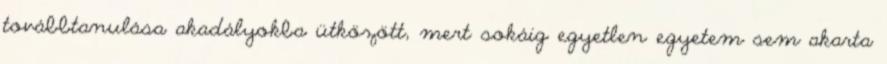
továbbtanulása akadályokba ütközött, mert sokáig egyetlen egyetem sem akarta